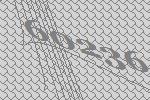
60236